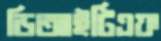
ডিআইটিএফ